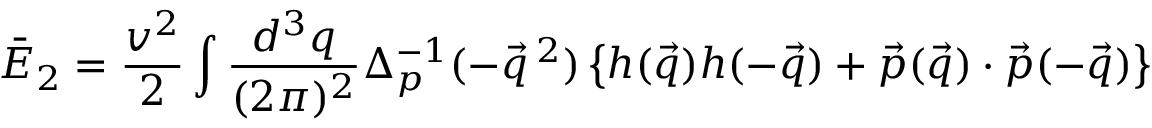
\bar { E } _ { 2 } = \frac { v ^ { 2 } } { 2 } \int \frac { d ^ { 3 } q } { ( 2 \pi ) ^ { 2 } } \Delta _ { p } ^ { - 1 } ( - \vec { q } \, ^ { 2 } ) \left\{ h ( \vec { q } ) h ( - \vec { q } ) + \vec { p } ( \vec { q } ) \cdot \vec { p } ( - \vec { q } ) \right\}